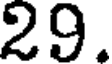
29.